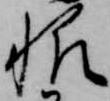
帆